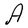
Character: A